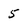
Character: 5